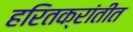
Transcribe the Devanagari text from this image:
हरितक्रांतीत